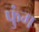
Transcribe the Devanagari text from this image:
फुंग